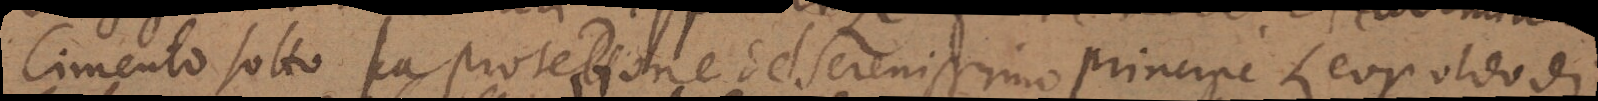
Cimento sotto la protettione del Serenissimo principe Leopoldo di